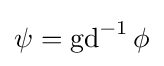
\psi =\operatorname {gd} ^{-1}\phi